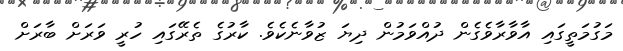
މަގުމަތީގައި އާވާރާވެގެން ދުއްވަމުން ދިޔަ ޒުވާނެކެވެ. ކާރުގެ ތެރޭގައި ހުރީ ވަރަށް ބާރަށް